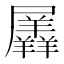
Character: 羼